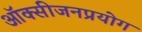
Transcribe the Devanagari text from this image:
ऑक्सीजनप्रयोग